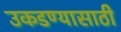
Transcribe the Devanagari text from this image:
उकडण्यासाठी